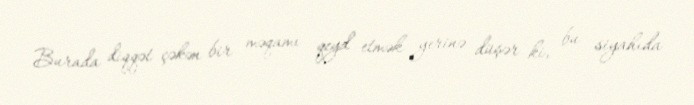
Burada diqqət çəkən bir məqamı qeyd etmək yerinə düşər ki, bu siyahıda